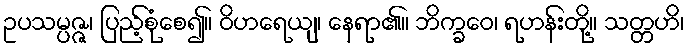
ဥပသမ္ပဇ္ဇ၊ ပြည့်စုံစေ၍။ ဝိဟရေယျ၊ နေရာ၏။ ဘိက္ခဝေ၊ ရဟန်းတို့။ သတ္တဟိ၊